Leaving Certificate Examination (including Day School Certificate (Higher) General paper), 1935
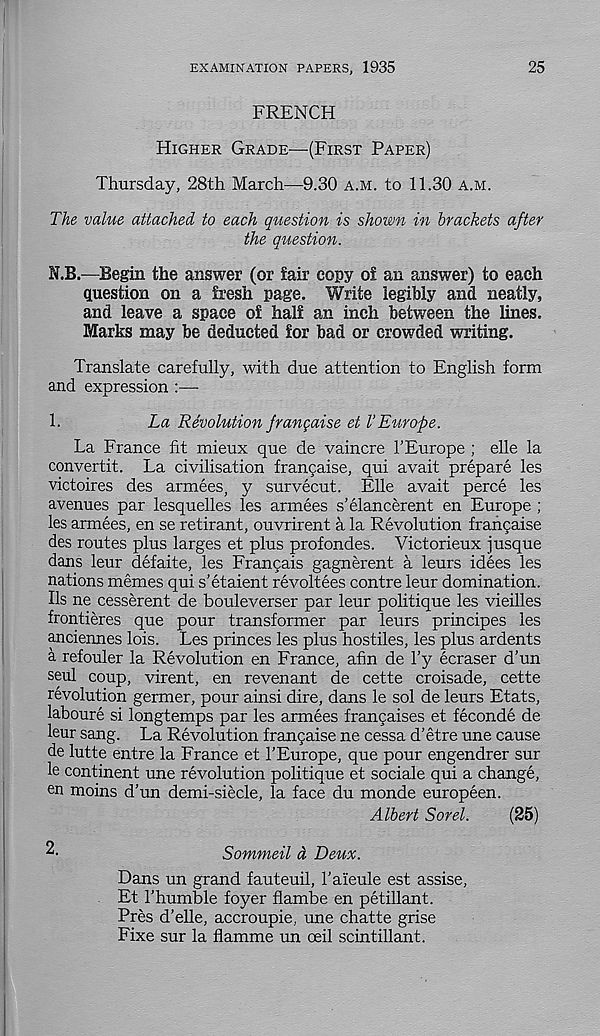
EXAMINATION PAPERS, 1935
25
FRENCH
HIGHER GRADE—(FIRST PAPER)
Thursday, 28th March—9.30 A.M. to 11.30 A.M.
The value attached to each question is shown in brackets after
the question.
N.B.—Begin the answer (or £air copy oi an answer) to each
question on a £resh page. Write legibly and neatly,
and leave a space o£ hah an inch between the lines.
Marks may be deducted £or bad or crowded writing.
Translate carefully, with due attention to English form
and expression :—
1.
La Revolution frangaise et VEurope.
La France fit mieux que de vaincre 1’Europe ; elle la
convertit. La civilisation francaise, qui avait prepare les
victoires des armees, y survecut. Elle avait perce les
avenues par lesquelles les armees s’elancerent en Europe ;
les armees, en se retirant, ouvrirent a la Revolution fraf^aise
des routes plus larges et plus profondes. Yictorieux j usque
dans leur defaite, les Francais gagnerent a leurs idees les
nations memes qui s’etaient revoltees centre leur domination.
Us ne cesserent de bouleverser par leur politique les vieilles
frontieres que pour transformer par leurs principes les
anciennes lois. Les princes les plus hostiles, les plus ardents
a refouler la Revolution en France, afin de l’y ecraser d’un
seul coup, virent, en revenant de cette croisade, cette
revolution germer, pour ainsi dire, dans le sol de leurs Etats,
laboure si longtemps par les armees francaises et feconde de
leur sang. La Revolution frangaise ne cessa d’etre une cause
de lutte entre la France et 1’Europe, que pour engendrer sur
le continent une revolution politique et sociale qui a change,
en moins d’un demi-siecle, la face du monde europeen.
Albert Sorel.
(25)
Sommeil d Deux.
Dans un grand fauteuil, 1’aieule est assise,
Et I’humble foyer flambe en petillant.
Pres d’elle, accroupie, une chatte grise
Fixe sur la flamme un ceil scintillant.